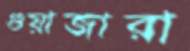
গুয়াজারা